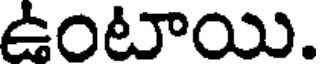
ఉంటాయి.